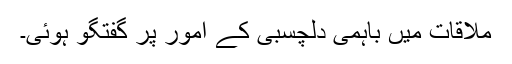
ملاقات میں باہمی دلچسبی کے امور پر گفتگو ہوئی۔